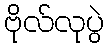
ဗိုလ်လုပွဲ